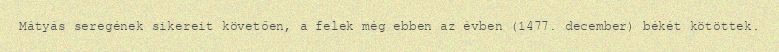
Mátyás seregének sikereit követően, a felek még ebben az évben (1477. december) békét kötöttek.